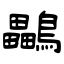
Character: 鸓